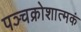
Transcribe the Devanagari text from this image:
पञ्चक्रोशात्मकं